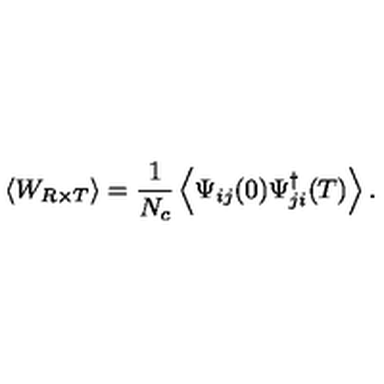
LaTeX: \left< W _ { R \times T } \right> = \frac { 1 } { N _ { c } } \left< \Psi _ { i j } ( 0 ) \Psi _ { j i } ^ { \dagger } ( T ) \right> .